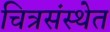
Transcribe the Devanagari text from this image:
चित्रसंस्थेत